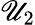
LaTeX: \mathscr{U}_{2}